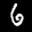
Label: 6